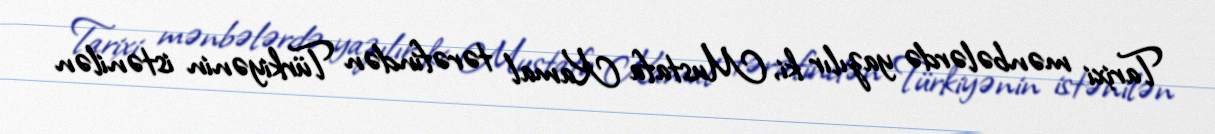
Tarixi mənbələrdə yazılır ki, Mustafa Kamal tərəfindən Türkiyənin istənilən